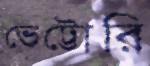
ভেট্টোরি